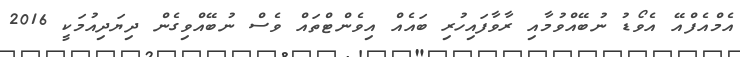
އެމްއެފްއޭ އެވޯޑު ނުބޭއްވުމާއި ރާވާފައިހުރި ބައެއް އިވެންޓްތައް ވެސް ނުބޭއްވިގެން ދިޔަދިއުމަކީ 2016